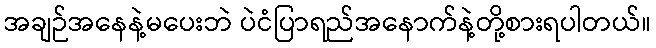
အချဉ်အနေနဲ့မပေးဘဲ ပဲငံပြာရည်အနောက်နဲ့တို့စားရပါတယ်။